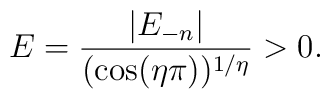
E=\frac{|E_{-n}|}{(\cos(\eta\pi))^{1/\eta}}>0.